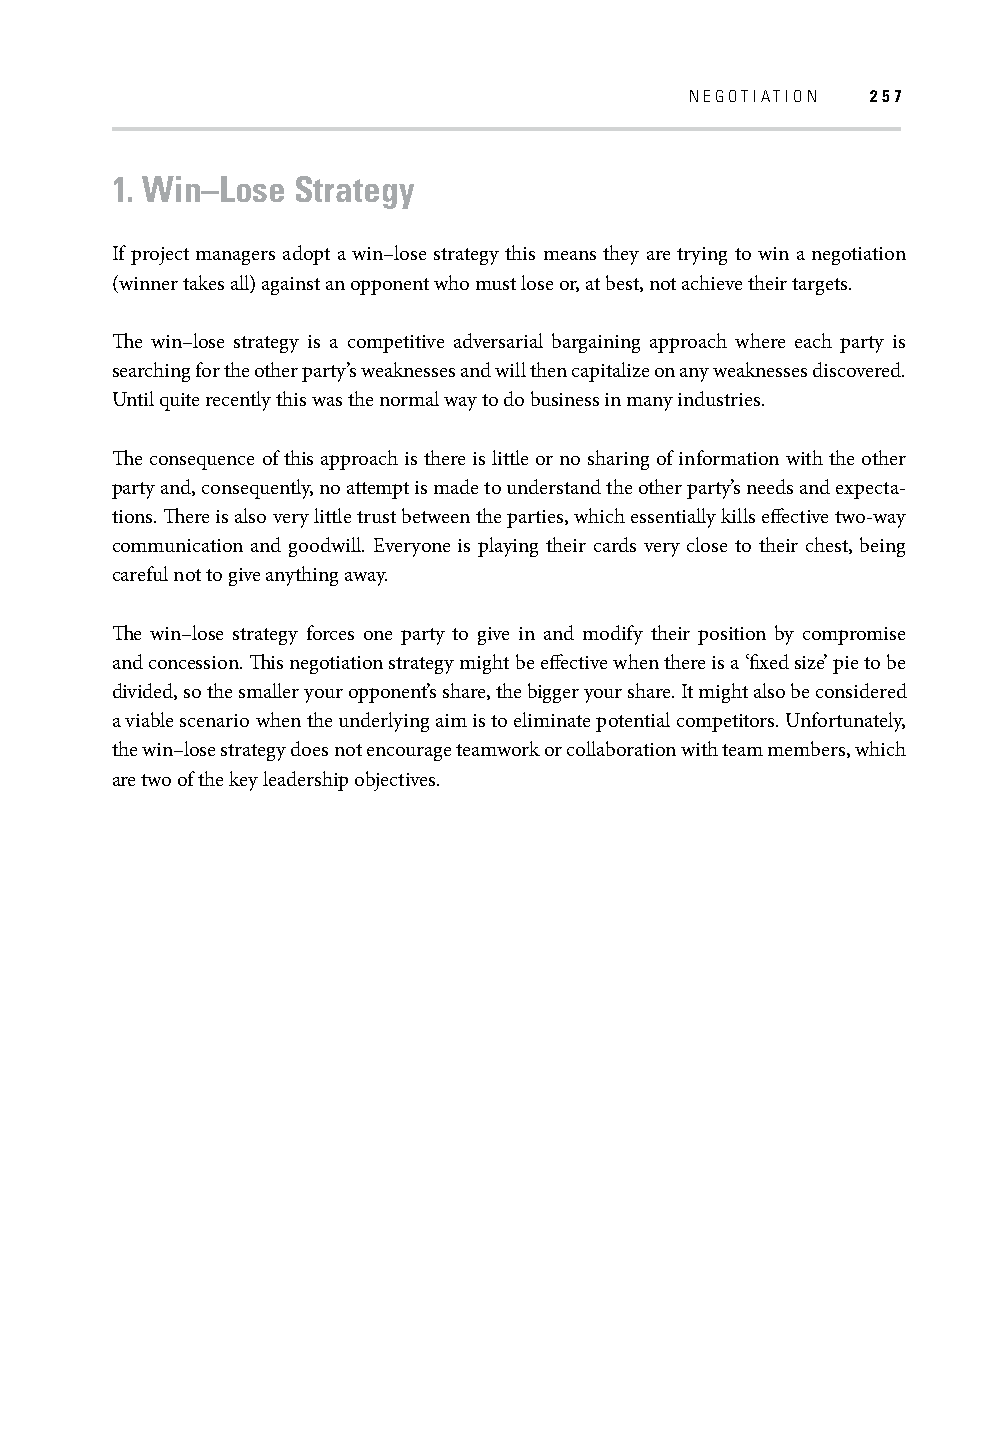
NEGOTIATION 257
 1. Win–Lose Strategy
 If project managers adopt a win–lose strategy this means they are trying to win a negotiation
 (winner takes all) against an opponent who must lose or, at best, not achieve their targets.
 Th e win–lose strategy is a competitive adversarial bargaining approach where each party is
 searching for the other party’s weaknesses and will then capitalize on any weaknesses discovered.
 Until quite recently this was the normal way to do business in many industries.
 Th e consequence of this approach is there is little or no sharing of information with the other
 party and, consequently, no attempt is made to understand the other party’s needs and expecta-
 tions. Th ere is also very little trust between the parties, which essentially kills eff ective two-way
 communication and goodwill. Everyone is playing their cards very close to their chest, being
 careful not to give anything away.
 Th e win–lose strategy forces one party to give in and modify their position by compromise
 and concession. Th is negotiation strategy might be eff ective when there is a ‘fi xed size’ pie to be
 divided, so the smaller your opponent’s share, the bigger your share. It might also be considered
 a viable scenario when the underlying aim is to eliminate potential competitors. Unfortunately,
 the win–lose strategy does not encourage teamwork or collaboration with team members, which
 are two of the key leadership objectives.